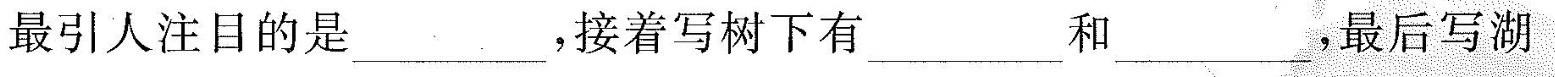
最引人注目的是___，接着写树下有___和___，最后写湖